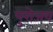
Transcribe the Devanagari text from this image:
पुरोजव